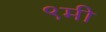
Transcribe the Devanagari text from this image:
९मी